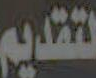
لتقديم